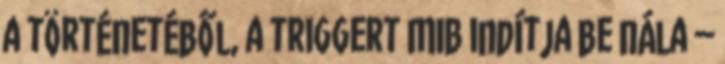
a történetéből, a triggert MIB indítja be nála –